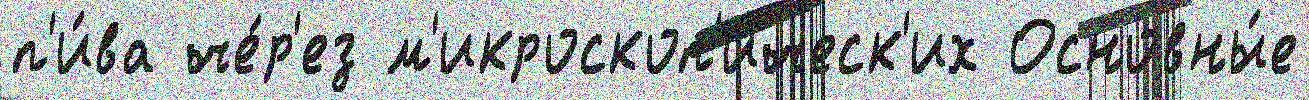
п'и́ва че́р'ез м'икроскоп'и́ческ'их Основны́е